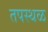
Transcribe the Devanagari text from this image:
तपस्थळ